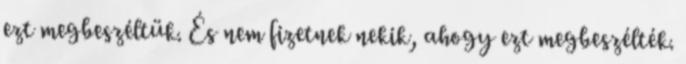
ezt megbeszéltük. És nem fizetnek nekik, ahogy ezt megbeszélték.